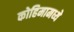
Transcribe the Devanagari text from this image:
कोहिमामध्ये